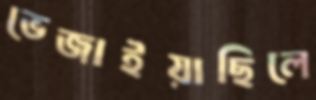
ভেজাইয়াছিলে